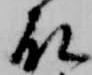
殿